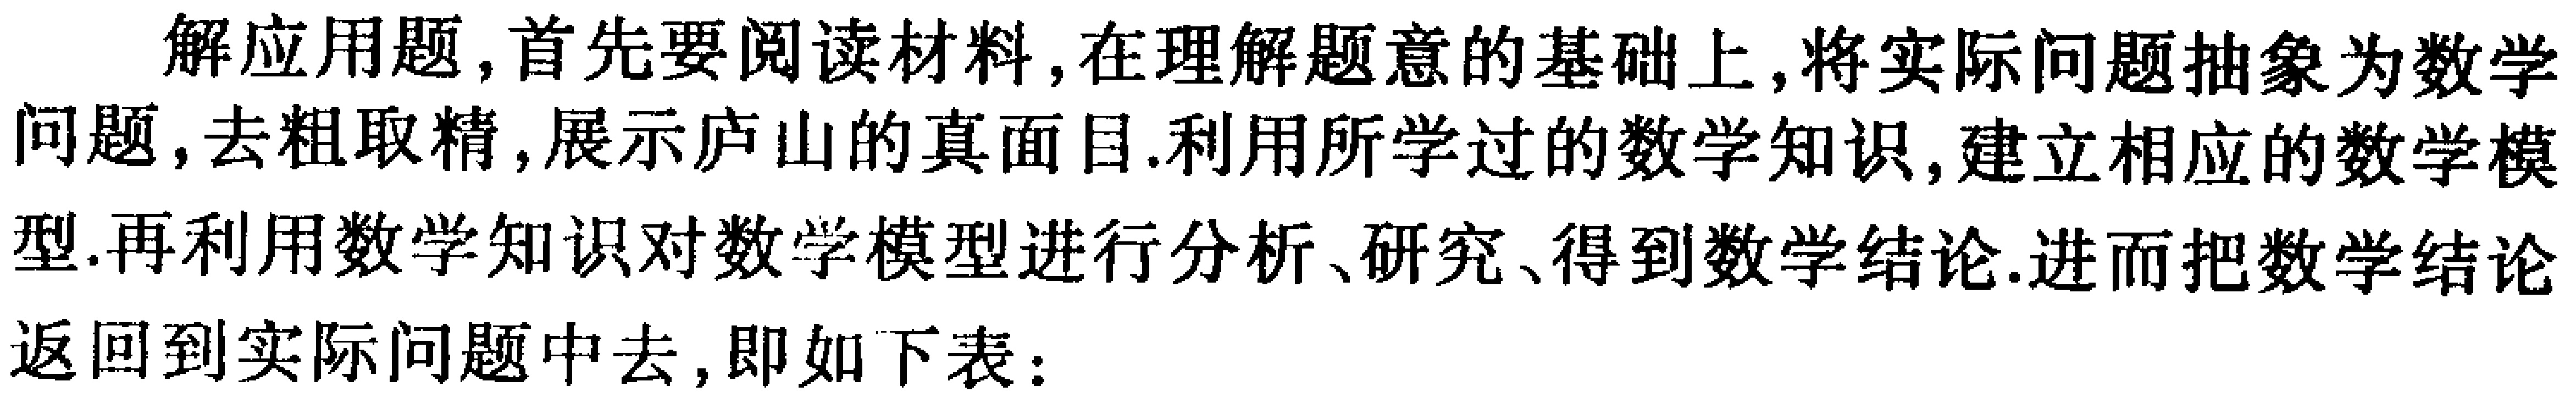
解应用题，首先要阅读材料，在理解题意的基础上，将实际问题抽象为数学问题，去粗取精，展示庐山的真面目.利用所学过的数学知识，建立相应的数学模型.再利用数学知识对数学模型进行分析、研究、得到数学结论.进而把数学结论返回到实际问题中去，即如下表：